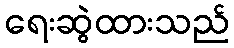
ရေးဆွဲထားသည်